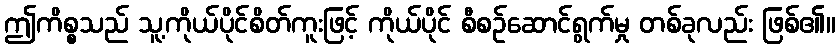
ဤကိစ္စသည် သူ့ကိုယ်ပိုင်စိတ်ကူးဖြင့် ကိုယ်ပိုင် စီစဉ်ဆောင်ရွက်မှု တစ်ခုလည်း ဖြစ်၏။